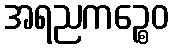
အရညကဉ္စေဝ